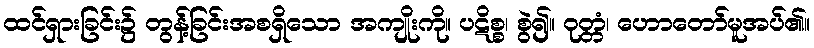
ထင်ရှားခြင်း၌ တွန့်ခြင်းအစရှိသော အကျိုးကို။ ပဋိစ္စ၊ စွဲ၍။ ဝုတ္တံ၊ ဟောတော်မူအပ်၏။